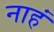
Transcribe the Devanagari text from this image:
नाहं